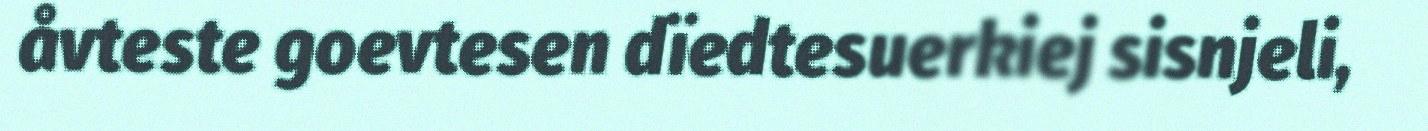
åvteste goevtesen dïedtesuerkiej sisnjeli,